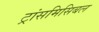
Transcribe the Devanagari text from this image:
ट्रांसमिसिबल